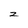
Character: z